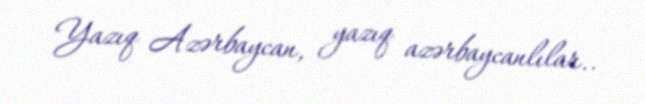
Yazıq Azərbaycan, yazıq azərbaycanlılar..